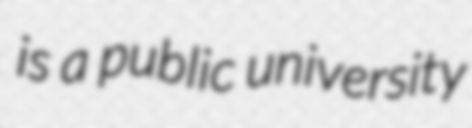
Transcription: is a public university